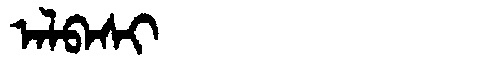
Manchu: ᠠᠯᠪᠠᠰᡳ
Romanization: ALBASI